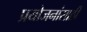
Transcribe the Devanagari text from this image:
प्रयोजनांसाठी